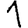
Digit: 1